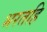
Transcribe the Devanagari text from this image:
भरतहि